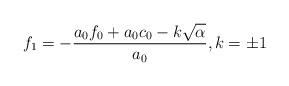
LaTeX: \begin{align*} f_1=-\frac{a_0f_0+a_0c_0-k\sqrt\alpha}{a_0}, k=\pm1\end{align*}